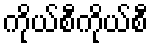
ကိုယ်စီကိုယ်စီ